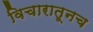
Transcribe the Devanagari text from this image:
विचारातूनच